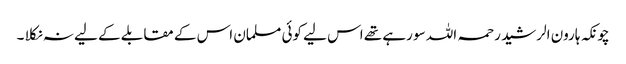
چونکہ ہارون الرشید رحمہ اللہ سو رہے تھے اس لیے کوئی مسلمان اس کے مقابلے کے لیے نہ نکلا ۔